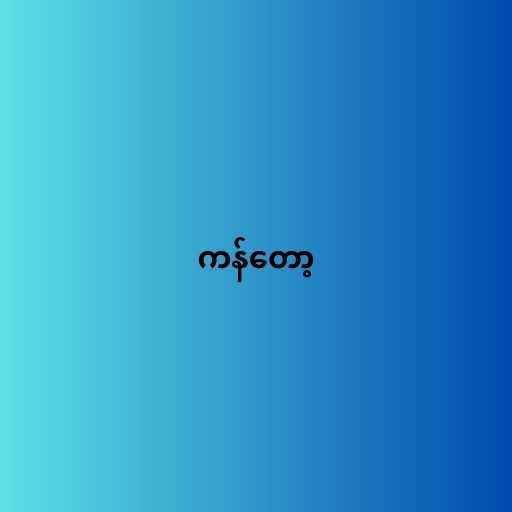
ကန်တော့